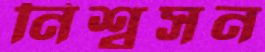
নিশ্বসন